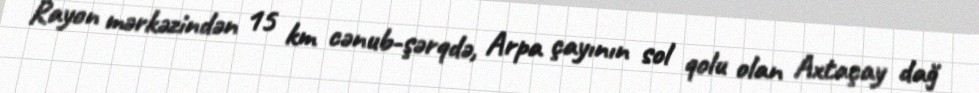
Rayon mərkəzindən 15 km cənub-şərqdə, Arpa çayının sol qolu olan Axtaçay dağ